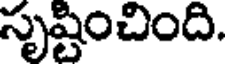
సృష్టించింది.